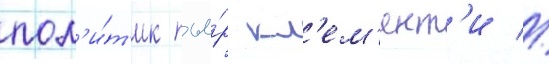
пол'и́т'ик пье́р кл'ем'ент'и //